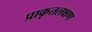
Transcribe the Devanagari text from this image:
प्राकृतलक्षण